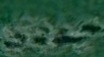
جودی